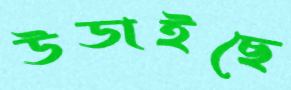
উডাইছে